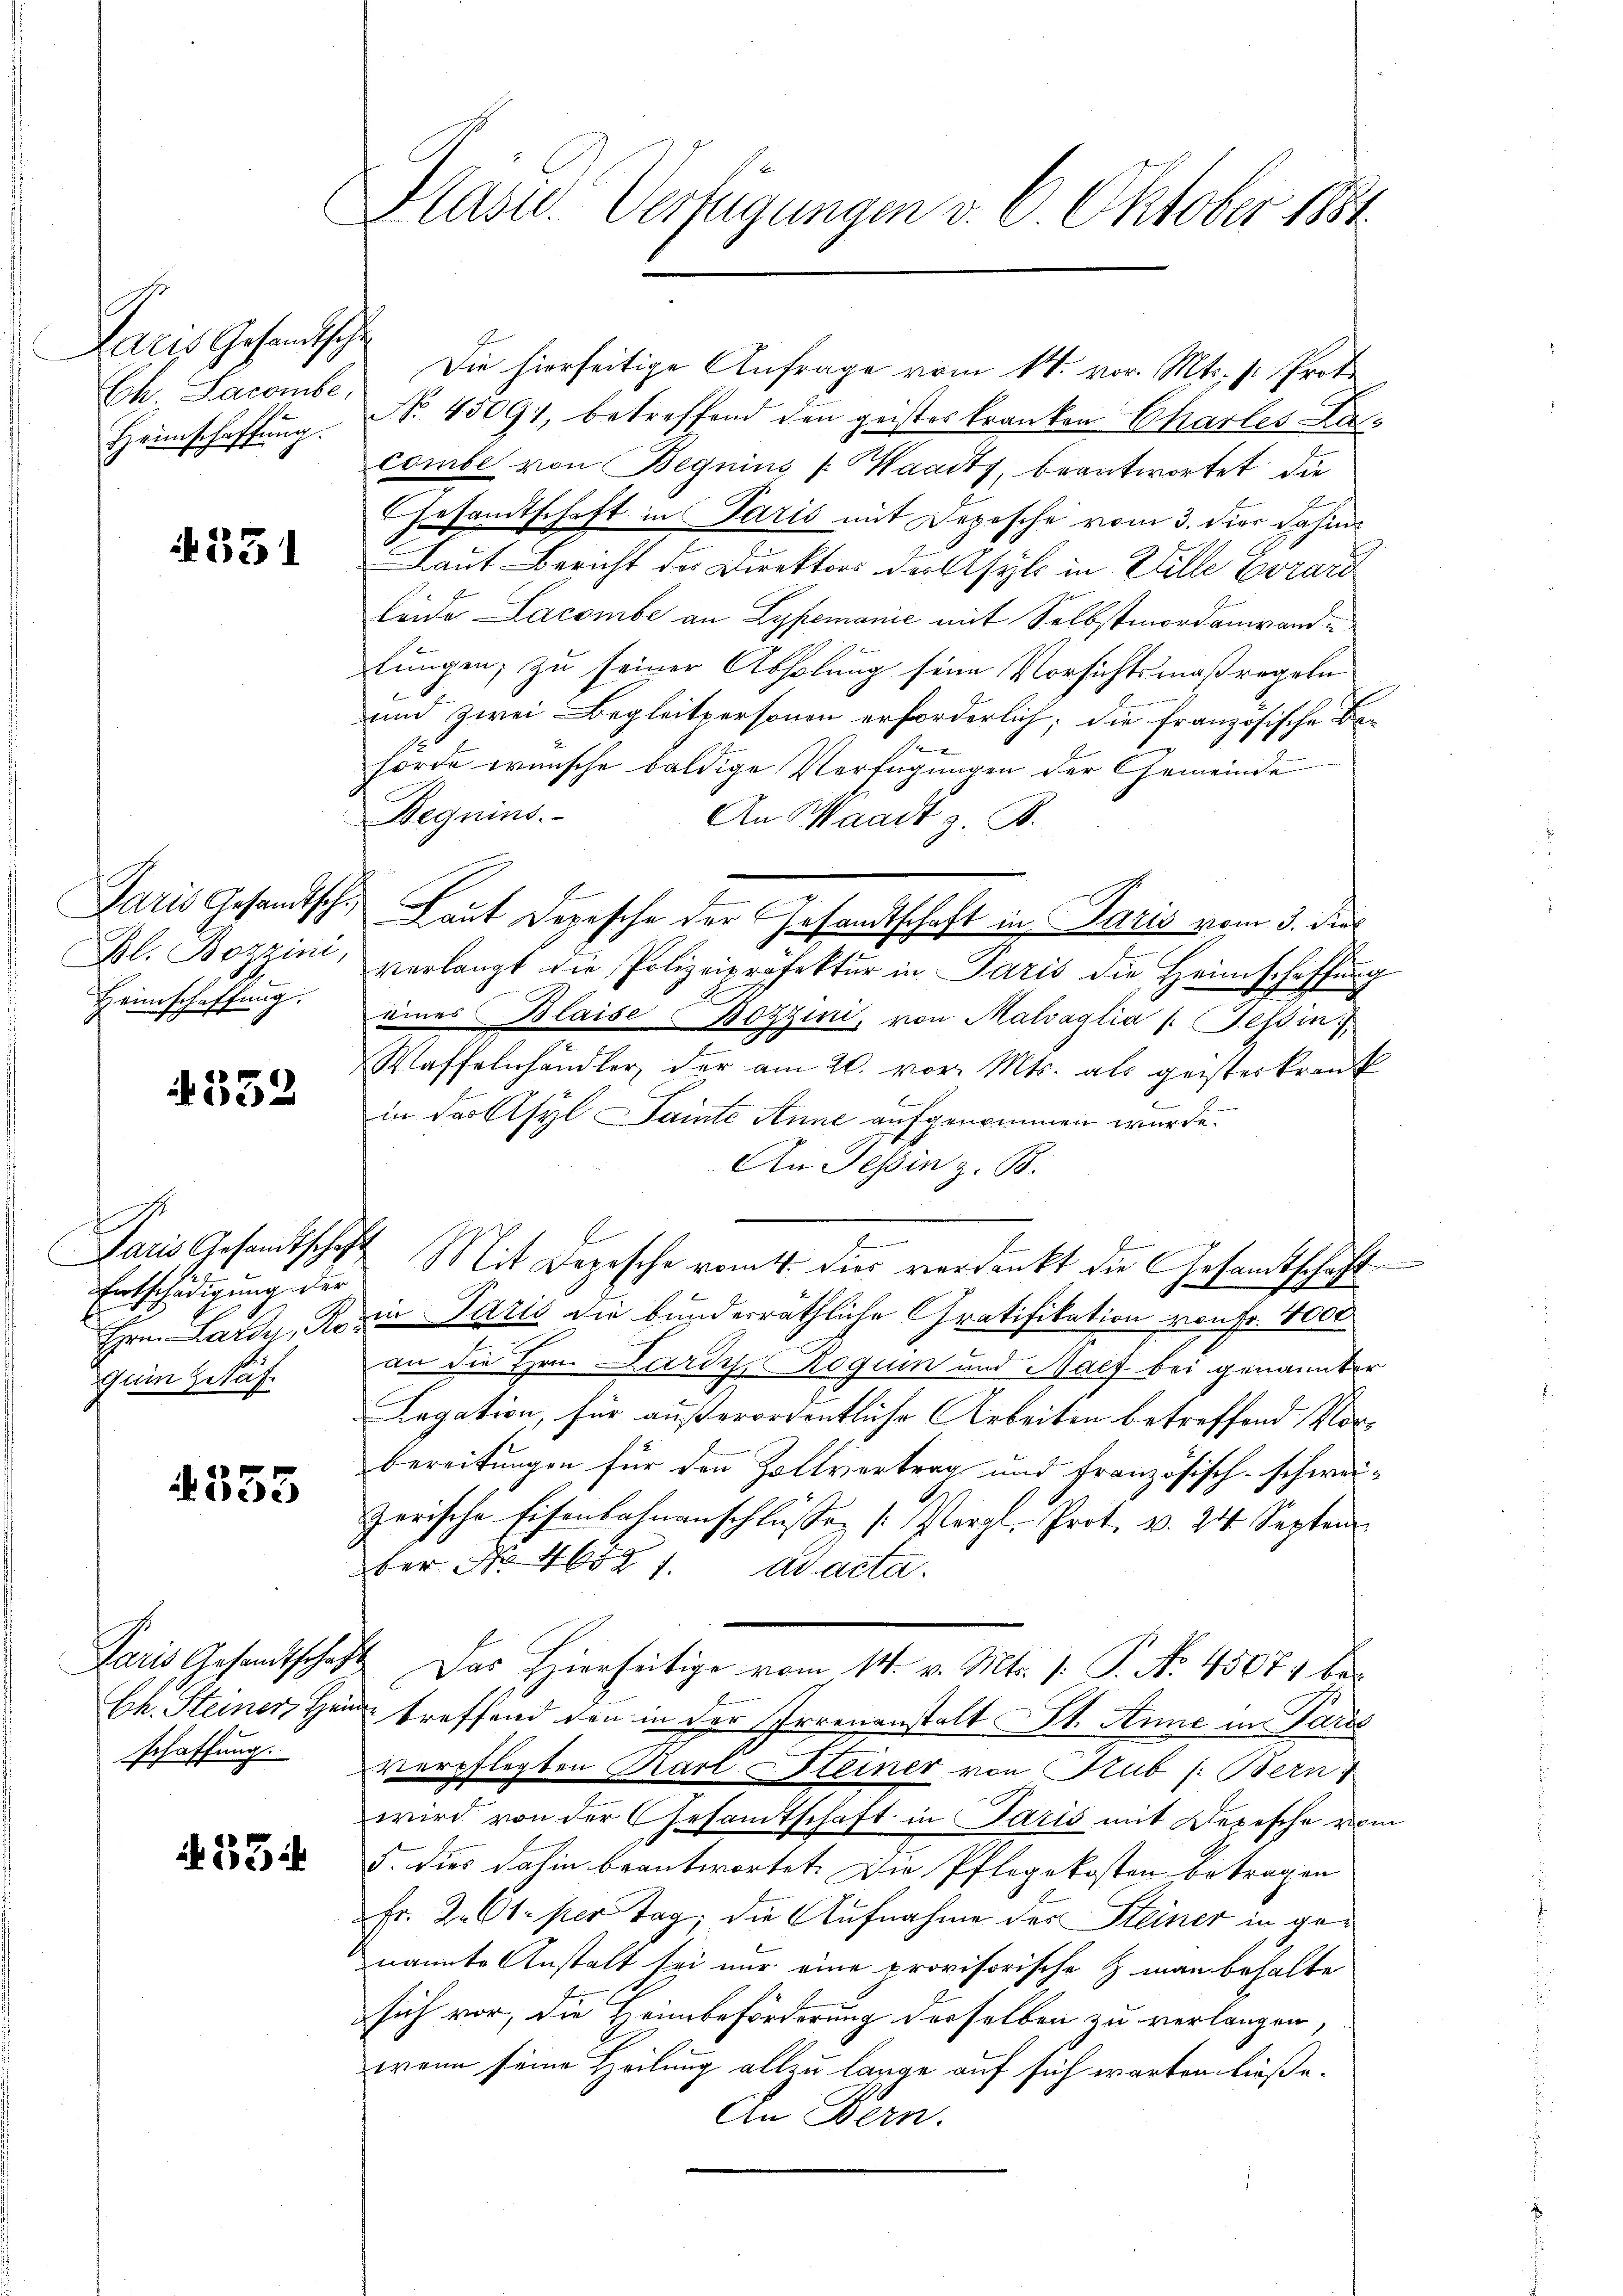
Paris Gesandtsche
Ch. Lacombe,
Heimschaffŭng.

4351

Bl. Bozzini,
Heimschaffung.

332

e
Entschädigung der

355

33

Präsid. Verfügungen v. 6. Oktober 1881

Die hierseitige Anfrage vom 14. vor. Mts. v. Proto
No. 45091, betreffend den geistes kranken Charles Lacombe von Begnius (Waadt, beantwortet die
Gesandtschaft in Paris mit Depesche vom 3. der dahin
Laut Bericht der Direktors der Asyls in Wille Evrard
leide Lacombe an Lypemanić mit Selbstmordanwande
lungen; zu seiner Abholung seine Vorsichtsmaßregeln
und zwei Begleitpersonen erforderlich; die französische Be-
hörde wünsche baldige Verfügungen der Gemeinde
Beguins.
An Waadt z. B.
Jaris Gesandtsch. Laut Depesche der Gesandtschaft in Paris vom 3. dies
verlangt die Polizeipräfektur in Paris die Heimschaffung
eines Blaise Botzini, von Malsaglia /: Tessin
Waffelnhändler der am 20. vor. Mts. als geisterkrank
.
in der Asyl Saite Anne aufgenommen wurde.
An Tessin z. B.
e
Jaris Gesandtschaft Mit Depesche vom 4. Dies verdankt die Gesandtschaft
Hrn. Lardy, Rozin Paris die bunderräthliche Gratifikation von Fr. 4000
Zum Getäf. an die Hrn. Lardy Roguin und Nach bei genannter
Legation, für außerordentliche Arbeiten betreffend Vorbereitungen für den Zollvertrag und französisch-schweizerische Eisenbahnanschlüssen [Vergl. Prot. v. 24. Septem
ber No 46521. ad acta.
Paris Gesandtschaft. Das Hierseitige vom 14. v. Mts. 1. P. No. 45074 be¬
Ch. Steiner Herrn treffend den in der Irrenanstalt St. Anne in Paris
schaffung verpflegten Karl Steiner von Rub (: Bern
wird von der Gesandtschaft in Paris mit Depesche vom
§. dies dahin beantwortet. Die Pflegekosten betragen
Fr. 2. Ct. per Tag, die Aufnahme der Steiner in genannte Anstalt sei nur eine provisorische & man behalte
sich vor, die Heimbeförderung derselben zu verlangen,
wenn seine Heilung allzu lange auf sich warten ließe.
An Bern.